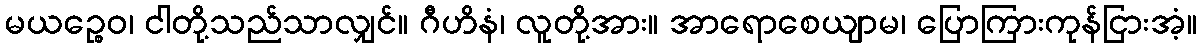
မယဉ္စေဝ၊ ငါတို့သည်သာလျှင်။ ဂီဟိနံ၊ လူတို့အား။ အာရောစေယျာမ၊ ပြောကြားကုန်ငြားအံ့။